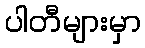
ပါတီများမှာ